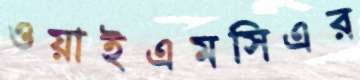
ওয়াইএমসিএর